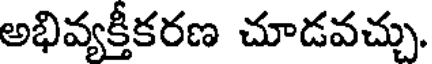
అభివ్యక్తీకరణ చూడవచ్చు.